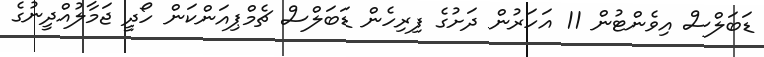
ޑަބަލްސް އިވެންޓުން 11 އަހަރުން ދަށުގެ ފިރިހެން ޑަބަލްސް ޗެމްޕިއަންކަން ހޯދީ ޖަމާލުއްދީނުގެެ